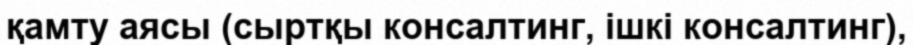
қамту аясы (сыртқы консалтинг, ішкі консалтинг),